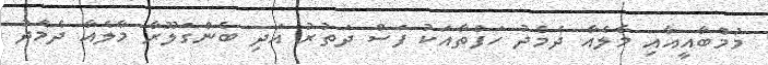
މުމްބާއީއާއި މާލެއާ ދެމެދު ހަފްތާއަކު ފަސް ދަތުރު އަދި ބެންގަލޫރާ މާލެއާ ދެމެދު